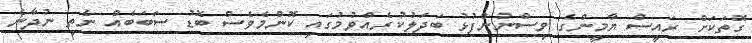
ގޮތަކަށް ރައީސް ޔާމީންގެ ވިސްނުންފުޅު ބަދަލުކުރެއްވުމުގައި ކޮންމެވެސް ބޮޑު ސަބަބެއް ނެތި ނުދާނެ